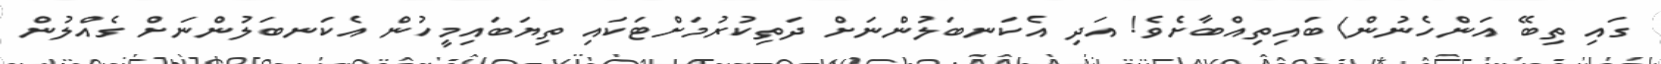
ގައި ތިބޭ އަންހެނުން) ބައިތިއްބާށެވެ! އަދި އެކަނބަލުންނަށް ދަތިކުރުމަށްޓަކައި ތިޔަބައިމީހުން އެކަނބަލުންނަށް ގެއްލުން